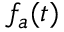
f _ { a } ( t )